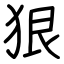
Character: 狠